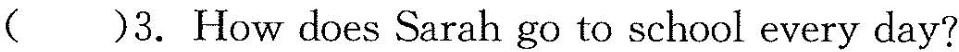
( )3.How does Sarah go to school every day?